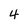
Character: 4